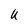
Character: U